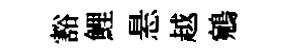
豁鯉悬越鵷